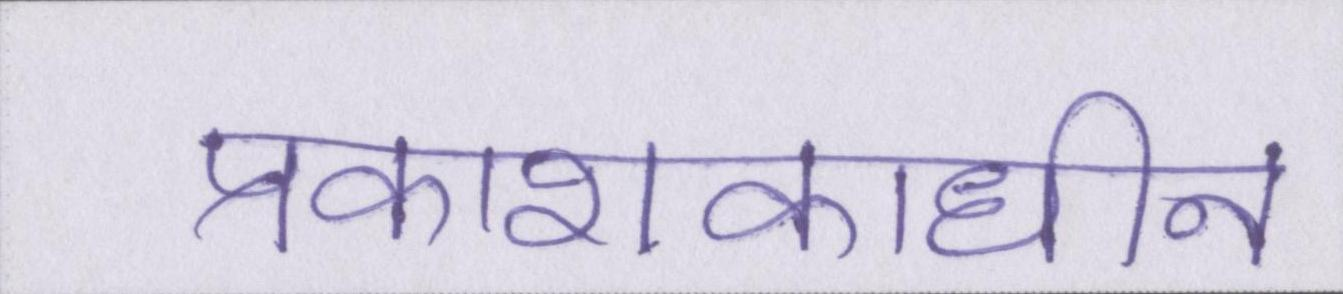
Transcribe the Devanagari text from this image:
प्रकाशकाधीन